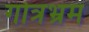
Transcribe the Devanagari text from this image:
गोत्रभ्रम